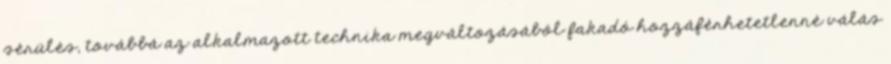
sérülés, továbbá az alkalmazott technika megváltozásából fakadó hozzáférhetetlenné válás